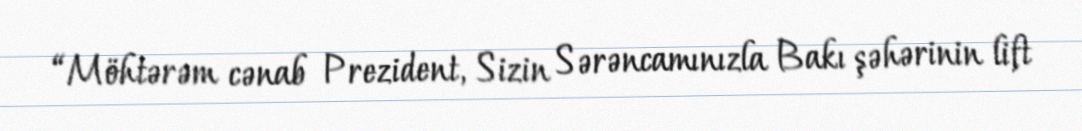
“Möhtərəm cənab Prezident, Sizin Sərəncamınızla Bakı şəhərinin lift